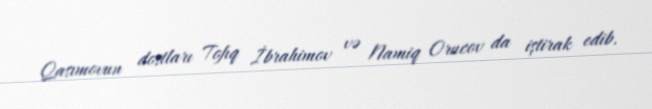
Qasımovun dostları Tofıq İbrahimov və Namiq Orucov da iştirak edib.